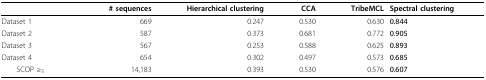
|  | # sequences | Hierarchical clustering | CCA | TribeMCL | Spectral clustering |
 | --- | --- | --- | --- | --- | --- |
 | Dataset 1 | 669 | 0.247 | 0.530 | 0.630 | 0.844 |
 | Dataset 2 | 587 | 0.373 | 0.681 | 0.772 | 0.905 |
 | Dataset 3 | 567 | 0.253 | 0.588 | 0.625 | 0.893 |
 | Dataset 4 | 654 | 0.302 | 0.497 | 0.573 | 0.685 |
 | SCOP ≥5 | 14,183 | 0.393 | 0.530 | 0.576 | 0.607 |